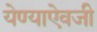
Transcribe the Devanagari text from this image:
येण्याऐवजी